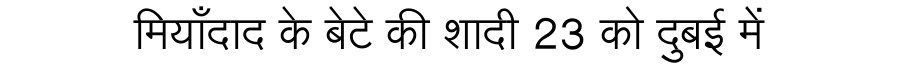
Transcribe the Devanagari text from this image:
मियाँदाद के बेटे की शादी 23 को दुबई में